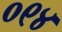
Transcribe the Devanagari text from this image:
०९४